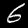
Label: 6